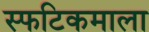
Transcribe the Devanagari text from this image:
स्फटिकमाला